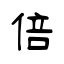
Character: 倍